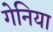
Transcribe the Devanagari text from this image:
गेनिया